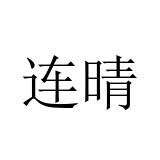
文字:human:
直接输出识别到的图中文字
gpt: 连晴